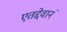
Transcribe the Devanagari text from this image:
एतद्देवानं